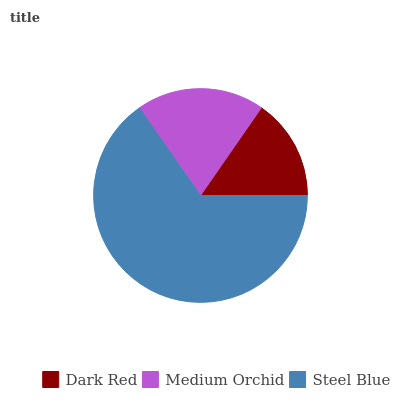
| Dark Red | Medium Orchid | Steel Blue |
 | --- | --- | --- |
 | 15.3% | 19.4% | 65.2% |